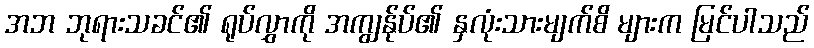
အဘ ဘုရားသခင်၏ ရုပ်လွှာကို အကျွန်ုပ်၏ နှလုံးသားမျက်စိ များက မြင်ပါသည်